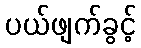
ပယ်ဖျက်ခွင့်